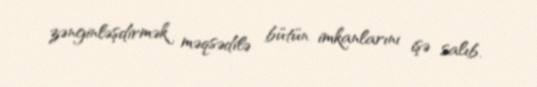
zənginləşdirmək məqsədilə bütün imkanlarını işə salıb.